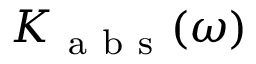
K _ { \mathrm { ~ a ~ b ~ s ~ } } ( \omega )